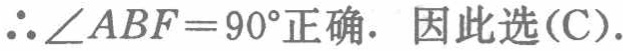
\(\therefore\angle ABF = 90^{\circ}\)正确. 因此选(C).